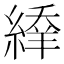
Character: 𦃱